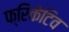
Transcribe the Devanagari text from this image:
फ्रिकेटिव